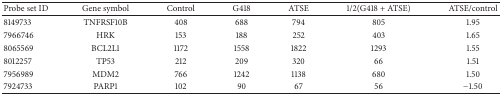
<table><thead><tr><td><b>Probe set ID</b></td><td><b>Gene symbol</b></td><td><b>Control</b></td><td><b>G418</b></td><td><b>ATSE</b></td><td><b>1/2(G418 + ATSE)</b></td><td><b>ATSE/control</b></td></tr></thead><tbody><tr><td>8149733</td><td>TNFRSF10B</td><td>408</td><td>688</td><td>794</td><td>805</td><td> 1.95</td></tr><tr><td>7966746</td><td>HRK</td><td>153</td><td>188</td><td>252</td><td>403</td><td> 1.65</td></tr><tr><td>8065569</td><td>BCL2L1</td><td>1172</td><td>1558</td><td>1822</td><td>1293</td><td> 1.55</td></tr><tr><td>8012257</td><td>TP53</td><td>212</td><td>209</td><td>320</td><td>66</td><td> 1.51</td></tr><tr><td>7956989</td><td>MDM2</td><td>766</td><td>1242</td><td>1138</td><td>680</td><td> 1.50</td></tr><tr><td>7924733</td><td>PARP1</td><td>102</td><td>90</td><td>67</td><td>56</td><td> −1.50</td></tr></tbody></table>